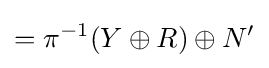
=\pi ^{-1}(Y\oplus R)\oplus N'